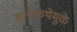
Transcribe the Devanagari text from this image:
सत्यकथेमुळे